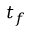
t _ { f }